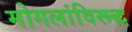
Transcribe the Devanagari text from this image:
मोगलांविरूद्ध